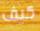
كيف